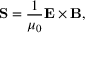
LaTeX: \mathbf { S } = { \frac { 1 } { \mu _ { 0 } } } \mathbf { E } \times \mathbf { B } ,